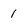
Character: 1